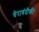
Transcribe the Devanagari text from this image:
घेराबंदीकी